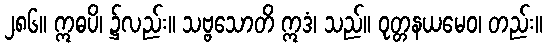
၂၈၆။ ဣဓပိ၊ ၌လည်း။ သဗ္ဗသောတိ ဣဒံ၊ သည်။ ဝုတ္တနယမေဝ၊ တည်း။